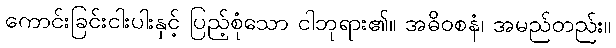
ကောင်းခြင်းငါးပါးနှင့် ပြည့်စုံသော ငါဘုရား၏။ အဓိဝစနံ၊ အမည်တည်း။